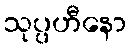
သုပ္ပဟီနော